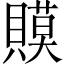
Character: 𧷸